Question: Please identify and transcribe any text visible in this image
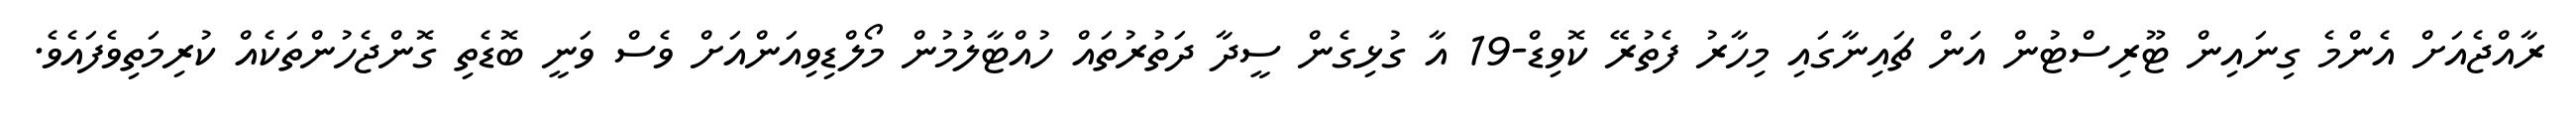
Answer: ރާއްޖެއަށް އެންމެ ގިނައިން ޓޫރިސްޓުން އަން ޗައިނާގައި މިހާރު ފެތުރޭ ކޮވިޑް-19 އާ ގުޅިގެން ސީދާ ދަތުރުތައް ހުއްޓާލުމުން މޯލްޑިވިއަންއަށް ވެސް ވަނީ ބޮޑެތި ގޮންޖެހުންތަކެއް ކުރިމަތިވެފައެވެ.